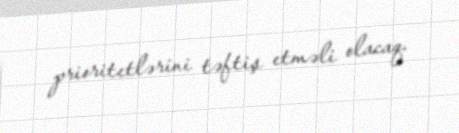
prioritetlərini təftiş etməli olacaq.